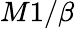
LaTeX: M1/\beta